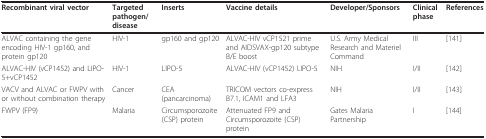
| Recombinant viral vector | Targeted pathogen/disease | Inserts | Vaccine details | Developer/Sponsors | Clinical phase | References |
 | --- | --- | --- | --- | --- | --- | --- |
 | ALVAC containing the gene encoding HIV-1 gp160, and protein gp120 | HIV-1 | gp160 and gp120 | ALVAC-HIV vCP1521 prime and AIDSVAX-gp120 subtype B/E boost | U.S. Army Medical Research and Materiel Command | III | [141] |
 | ALVAC-HIV (vCP1452) and LIPO-5+vCP1452 | HIV-1 | LIPO-5 | ALVAC-HIV (vCP1452) LIPO-5 | NIH | I/II | [142] |
 | VACV and ALVAC or FWPV with or without combination therapy | Cancer | CEA (pancarcinoma) | TRICOM vectors co-express B7.1, ICAM1 and LFA3 | NIH | I/II | [143] |
 | FWPV (FP9) | Malaria | Circumsporozoite (CSP) protein | Attenuated FP9 and Circumsporozoite (CSP) protein | Gates Malaria Partnership | I | [144] |